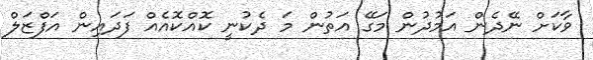
ވާކަށް ނޭދެން އަމުދުން މަގޭ އަތުން މަ ދެކުނީ ކޮއްކޮއެއް ފަދައިން އަފްޒަލް